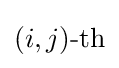
(i,j){\textrm {-th}}